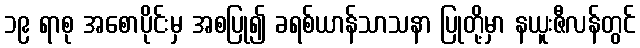
၁၉ ရာစု အစောပိုင်းမှ အစပြု၍ ခရစ်ယာန်သာသနာ ပြုတို့မှာ နယူးဇီလန်တွင်